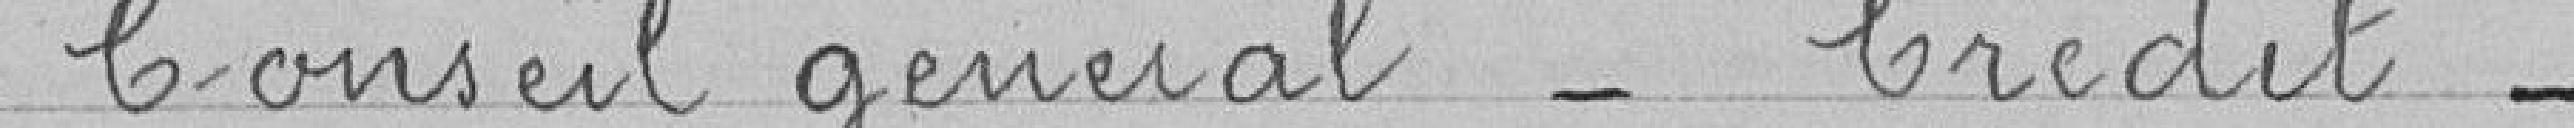
Conseil Général - Crédit